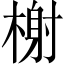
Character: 榭